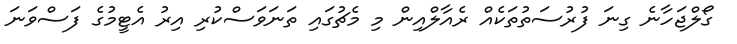
ގޯލްޖަހާނެ ގިނަ ފުރުސަތުތަކެއް ރެއާލްއިން މި މެޗުގައި ތަނަވަސްކުރި އިރު އެޓީމުގެ ފަސްވަނަ